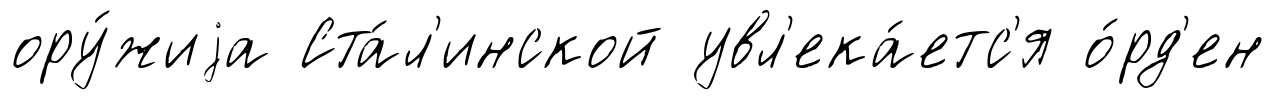
ору́жиjа Ста́л'инской увл'ека́етс'я о́рд'ен